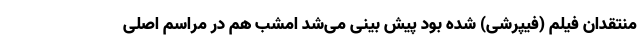
منتقدان فیلم (فیپرشی) شده بود پیش بینی می‌شد امشب هم در مراسم اصلی